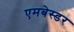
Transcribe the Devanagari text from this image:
एमबेस्डर